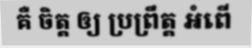
គឺ ចិត្ត ឲ្យ ប្រព្រឹត្ត អំពើ